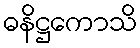
ဓနိဋ္ဌကောသိ